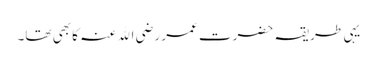
یہی طریقہ حضرت عمر رضی اﷲ عنہ کا بھی تھا۔